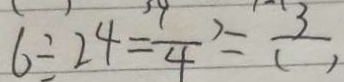
6 \div 2 4 = \frac { ( ) } { 4 } = \frac { 3 } { ( ) }